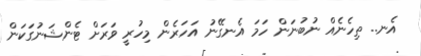
އެނ.. ތިހެނެއް ނުބުނަން ހަމަ އެނގޭނު އަހަރެން މިހުރީ ވަރަށް ޓެންޝަނުގަކަން